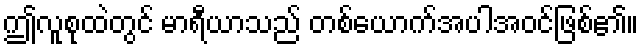
ဤလူစုထဲတွင် မာရီယာသည် တစ်ယောက်အပါအဝင်ဖြစ်၏။